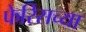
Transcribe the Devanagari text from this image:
फेरिसच्या